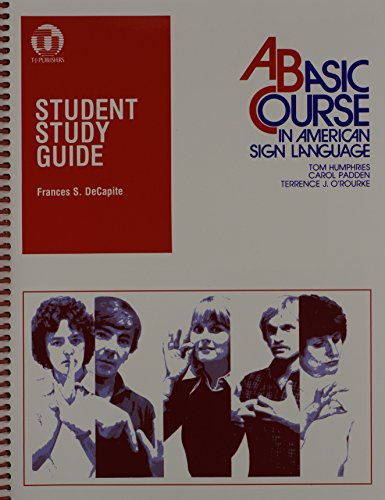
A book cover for Student Study Guide to a Basic Course in American Sign Language; Frances De Capite; Reference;